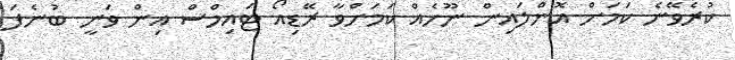
ކުރެވޭނެ ކަމަށް އޮންލައިން ނޫހެއް ކަމަށްވާ ރޭޑިއޯ ޓައިމްސް އިން ވަނީ ބުނެފަ